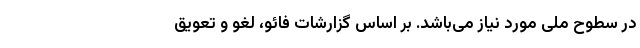
در سطوح ملی مورد نیاز می‌باشد. بر اساس گزارشات فائو، لغو و تعویق